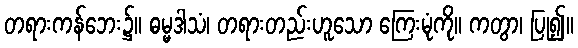
တရားကန်ဘေး၌။ ဓမ္မဒါသံ၊ တရားတည်းဟူသော ကြေးမုံကို။ ကတွာ၊ ပြု၍။